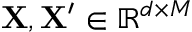
\mathbf { X } , \mathbf { X } ^ { \prime } \in \mathbb { R } ^ { d \times M }